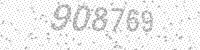
Solution: 908769